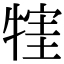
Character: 𤚣